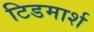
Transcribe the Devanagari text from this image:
टिडमार्श